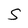
Character: S